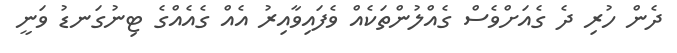
ދެން ހުރި ދެ ގެއަށްވެސް ގެއްލުންތަކެއް ވެފައިވާއިރު އެއް ގެއެއްގެ ޓިނުގަނޑު ވަނީ